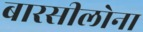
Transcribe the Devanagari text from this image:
बारसीलोना